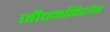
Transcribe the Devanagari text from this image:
जीवननिरपेक्ष